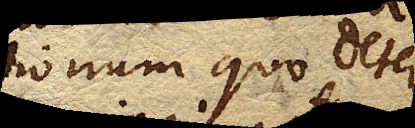
tionum quo deter–